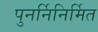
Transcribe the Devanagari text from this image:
पुनर्निनिर्मित